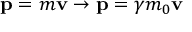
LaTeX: \mathbf { p } = m \mathbf { v } \rightarrow \mathbf { p } = \gamma m _ { 0 } \mathbf { v }